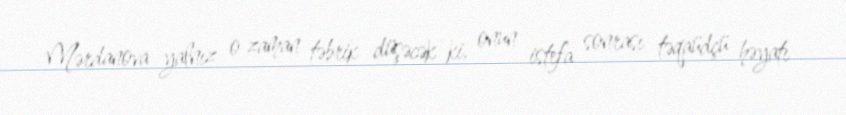
Mərdanova yalnız o zaman təbrik düşəcək ki, onun istefa sonrası təqaüdçü həyatı